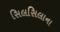
સિલસિલાના